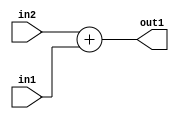
`timescale 1ps / 1ps
/*****************************************************************************
    Verilog RTL Description
    
    
    Created by: Stratus DpOpt 2019.1.01 
*******************************************************************************/

module DC_Filter_Add_12Ux12U_12U_1 (
	in2,
	in1,
	out1
	); /* architecture "behavioural" */ 
input [11:0] in2,
	in1;
output [11:0] out1;
wire [11:0] asc001;

assign asc001 = 
	+(in2)
	+(in1);

assign out1 = asc001;
endmodule

/* CADENCE  urnxTQs= : u9/ySgnWtBlWxVPRXgAZ4Og= ** DO NOT EDIT THIS LINE ******/